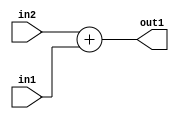
`timescale 1ps / 1ps
/*****************************************************************************
    Verilog RTL Description
    
    
    Created by: Stratus DpOpt 2019.1.01 
*******************************************************************************/

module DC_Filter_Add_12Ux12U_12U_1 (
	in2,
	in1,
	out1
	); /* architecture "behavioural" */ 
input [11:0] in2,
	in1;
output [11:0] out1;
wire [11:0] asc001;

assign asc001 = 
	+(in2)
	+(in1);

assign out1 = asc001;
endmodule

/* CADENCE  urnxTQs= : u9/ySgnWtBlWxVPRXgAZ4Og= ** DO NOT EDIT THIS LINE ******/